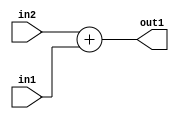
`timescale 1ps / 1ps
/*****************************************************************************
    Verilog RTL Description
    
    
    Created by: Stratus DpOpt 2019.1.01 
*******************************************************************************/

module DC_Filter_Add_12Ux12U_12U_1 (
	in2,
	in1,
	out1
	); /* architecture "behavioural" */ 
input [11:0] in2,
	in1;
output [11:0] out1;
wire [11:0] asc001;

assign asc001 = 
	+(in2)
	+(in1);

assign out1 = asc001;
endmodule

/* CADENCE  urnxTQs= : u9/ySgnWtBlWxVPRXgAZ4Og= ** DO NOT EDIT THIS LINE ******/